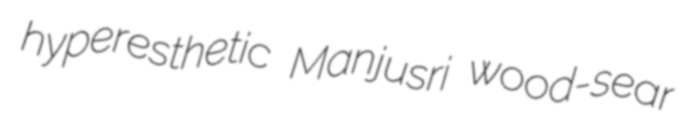
hyperesthetic Manjusri wood-sear